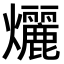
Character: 𬋞